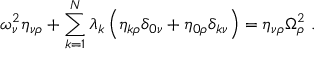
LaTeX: \omega _ { \nu } ^ { 2 } \eta _ { \nu \rho } + \sum _ { k = 1 } ^ { N } \lambda _ { k } \left( \eta _ { k \rho } \delta _ { 0 \nu } + \eta _ { 0 \rho } \delta _ { k \nu } \right) = \eta _ { \nu \rho } \Omega _ { \rho } ^ { 2 } \; .